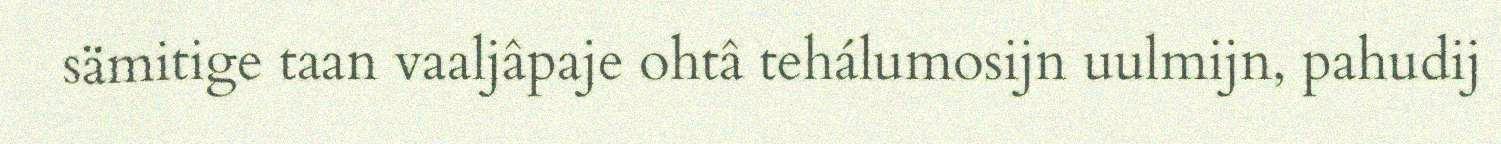
sämitige taan vaaljâpaje ohtâ tehálumosijn uulmijn, pahudij